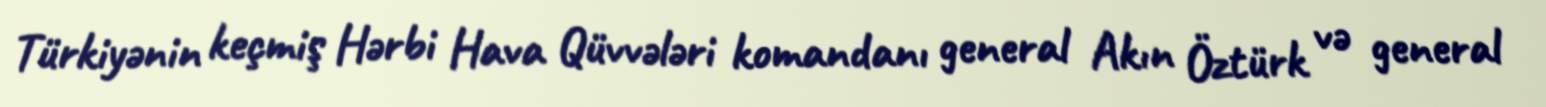
Türkiyənin keçmiş Hərbi Hava Qüvvələri komandanı general Akın Öztürk və general